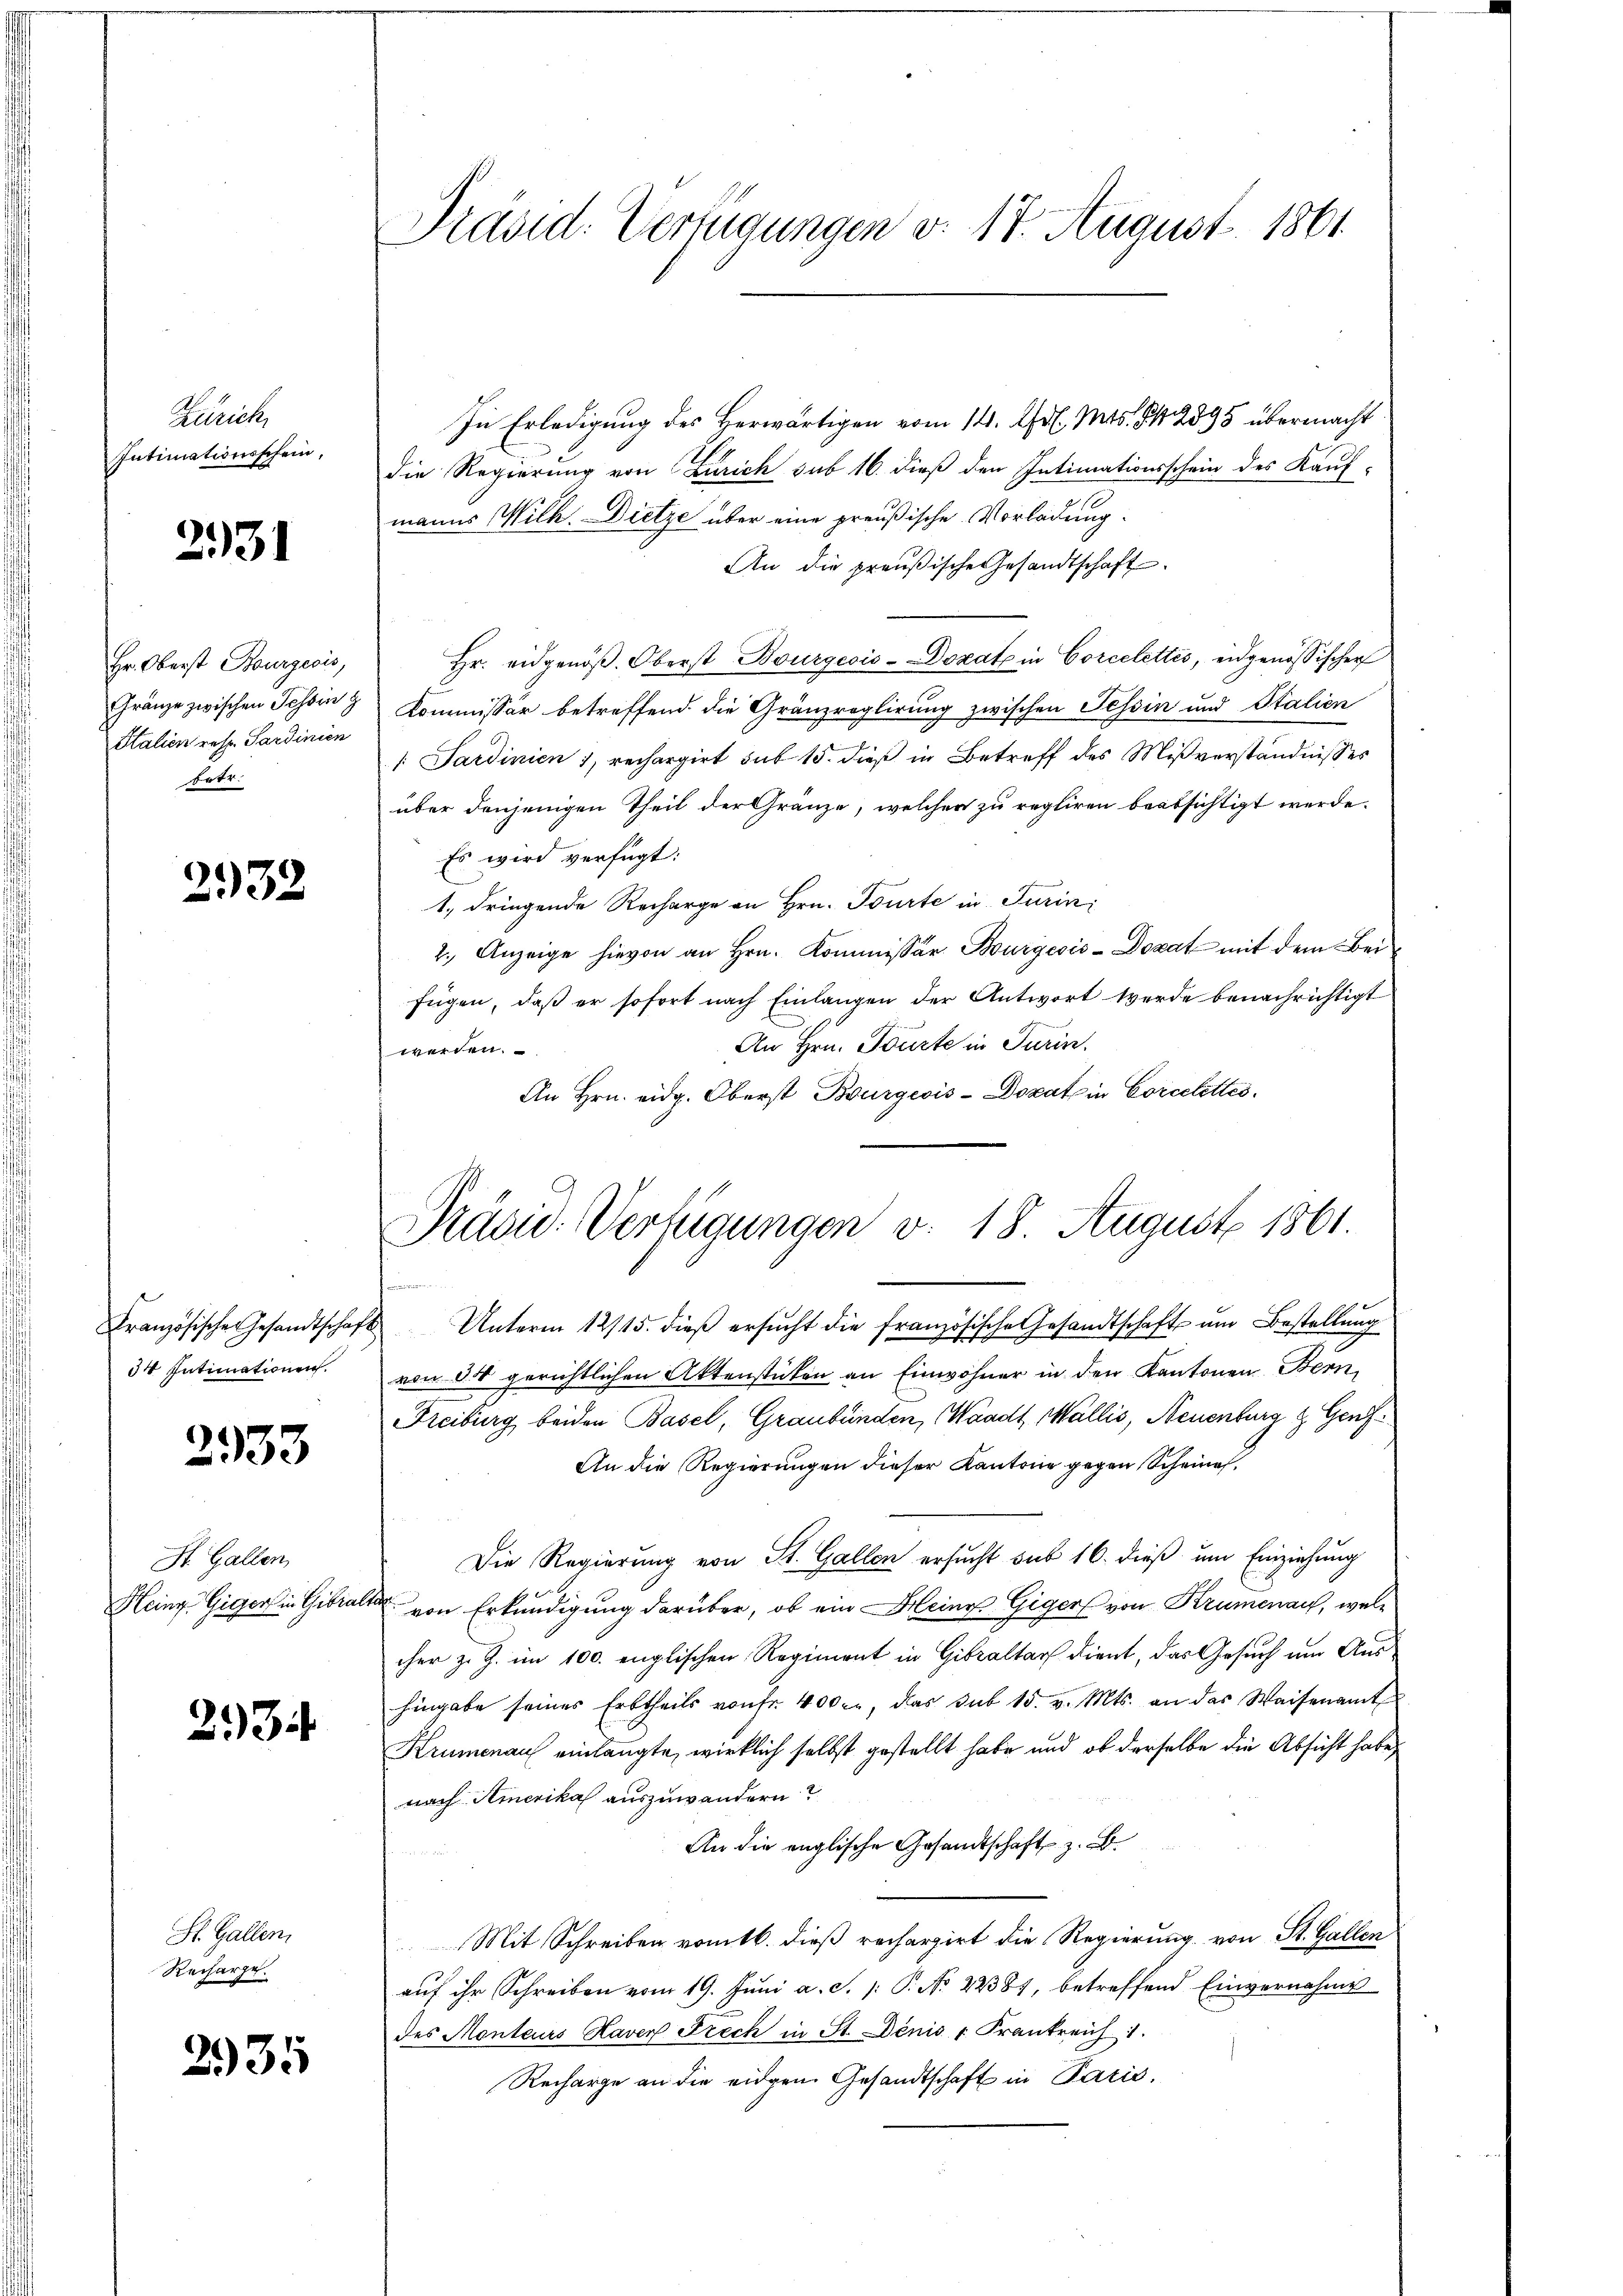
Zürich
Intimationsschein,

231

Hr. Oberst Bourgeois,
Gränze zwischen Tessin z
Italien resp. Sardinien
betr.

6
132

34 Intimationen.

2953

St. Gallen
Heing Giger in Gibral.

213

St. Gallen,
Recharge.

2935

Präsid. Verfügungen d. 17. August 1861

In Erledigung des Herwärtigen vom 14. Jul. Mts. § 42895 übermacht
die Regierung von Zürich sub 16. dieß den Intimationsschein des Kaufmanns Wilh. Dietze über eine preußische Vorladung.
An die preußische Gesandtschaft
Hr. eidgenöß. Oberst Bourgeois-Dozat in Corcelettes, eidgenössischer
Kommissär betreffend die Gränzreglirung zwischen Tessin und Italien
[Sardinien), rechargirt sub 15. dieß in Betreff des Mißverständnisses
über denjenigen Theil der Gränze, welcher zu regliren beabsichtigt werde.
Es wird verfügt:
1., dringende Recharge an Hrn. Tourte in Turin
2. Anzeige hievon an Hrn. Kommissor Bourgeois-Dozat mit dem Beifügen, daß er sofort nach Einlangen der Antwort werde benachrichtigt
An Hrn. Toute in Turin.
werden.
An Hrn. eidg. Oberst Bourgeois-Dokat in Corcelettes¬

Präsid. Verfügungen v. 18. August 1861.

Französische Gesandtschaft Unterm 12/15. dieβ ersŭcht die französische Gesandtschaft ŭm Bestellŭng
von 34 gerichtlichen Aktenstücken an Einwohner in den Kantonen Bern,
Freiburg beiden Basel, Graubünden, Waadt, Wallis, Neuenburg & Genf¬
An die Regierungen dieser Kantone gegen Scheine,
Die Regierung von St. Gallen ersucht sub 16. dieß um Einziehung
 von Erkundigung darüber, ob ein Heine Giger von Krumenauf, welcher z. Z. im 100. englischen Regiment in Gibraltar dient, das Gesuch um Aus-
hingabe seines Erbtheils von fr. 400 l., das sub 15. v. Mts. an das Waisenamt
Krumenau einlangte, wirklich selbst gestellt habe und ob derselbe die Absicht habe,
nach Amerika auszuwandern?
An die englische Gesandtschaft z. B.
Mit Schreiben vom 16. dieß rechargirt die Regierung von St. Gallen
auf ihr Schreiben vom 19. Juni a. S. 1: P. No 22387, betreffend Einvernahme
des Menteurs Haven Frech in St. Denis - Frankreich 1.
Recharge an die eidgen. Gesandtschaft in Paris.